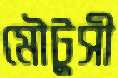
মৌটুসী